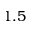
1 . 5